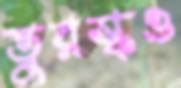
তুরস্কও